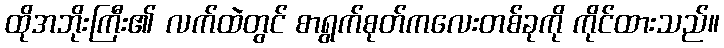
ထိုအဘိုးကြီး၏ လက်ထဲတွင် စာရွက်စုတ်ကလေးတစ်ခုကို ကိုင်ထားသည်။